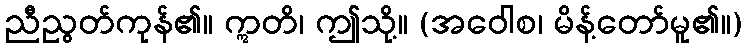
ညီညွတ်ကုန်၏။ ဣတိ၊ ဤသို့။ (အဝေါစ၊ မိန့်တော်မူ၏။)